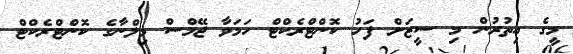
މީގެ އިތުރުން މި ސީޒަށް ފަހު ކޮންޓްރެކްޓް ހަމަވާ ޖޭމްސް މިލްނާގެ ކޮންޓްރެކްޓް